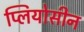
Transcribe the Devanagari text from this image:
प्लियोसीन